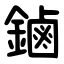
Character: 鏀